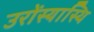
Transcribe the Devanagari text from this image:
उरोंस्यास्थि